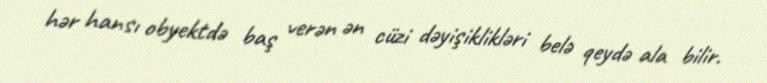
hər hansı obyektdə baş verən ən cüzi dəyişiklikləri belə qeydə ala bilir.